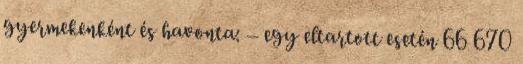
gyermekenként és havonta: – egy eltartott esetén 66 670